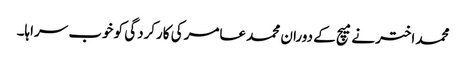
محمد اختر نے میچ کے دوران محمد عامر کی کارکردگی کو خوب سراہا۔